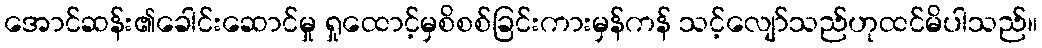
အောင်ဆန်း၏ခေါင်းဆောင်မှု ရှုထောင့်မှစိစစ်ခြင်းကားမှန်ကန် သင့်လျော်သည်ဟုထင်မိပါသည်။